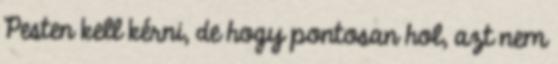
Pesten kell kérni, de hogy pontosan hol, azt nem